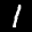
Label: 1